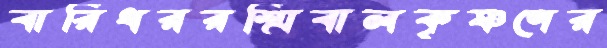
বারিধররশ্মিবালকৃষ্ণণের